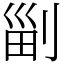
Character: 㓯